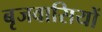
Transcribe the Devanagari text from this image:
बृजवासियों